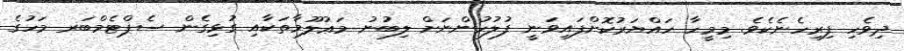
ދިވެހި ފިރިހެނެކެވެ. މިމީހާ ހައްޔަރުކޮށްފައިވަނީ ފުލުހުންނަށް ލިބުނު މަޢުލޫމާތަކާއި ގުޅިގެން ސެޕްޓެމްބަރ މަހުގެ